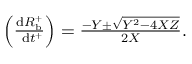
\begin{array} { r } { \left( \frac { \mathrm { d } R _ { \mathrm { b } } ^ { + } } { \mathrm { ~ d } t ^ { + } } \right) = \frac { - Y \pm \sqrt { Y ^ { 2 } - 4 X Z } } { 2 X } . } \end{array}